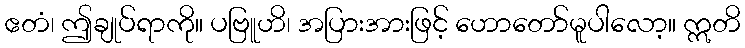
ဧတံ၊ ဤချုပ်ရာကို။ ပဗြူဟိ၊ အပြားအားဖြင့် ဟောတော်မူပါလော့။ ဣတိ